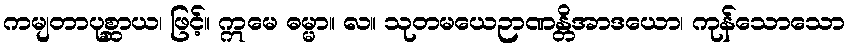
ကမျတာပုစ္ဆာယ၊ ဖြင့်။ ဣမေ ဓမ္မာ။ လ။ သုတမယေဉာဏန္တိအာဒယော၊ ကုန်သောသော